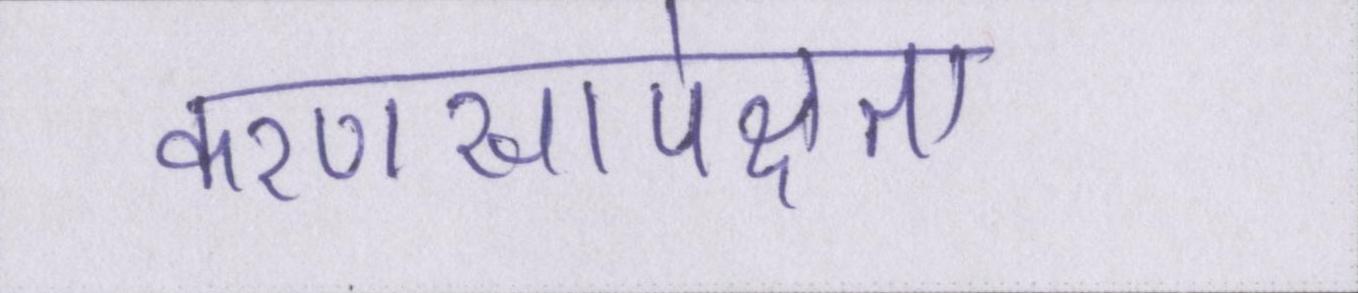
करणसापेक्षता